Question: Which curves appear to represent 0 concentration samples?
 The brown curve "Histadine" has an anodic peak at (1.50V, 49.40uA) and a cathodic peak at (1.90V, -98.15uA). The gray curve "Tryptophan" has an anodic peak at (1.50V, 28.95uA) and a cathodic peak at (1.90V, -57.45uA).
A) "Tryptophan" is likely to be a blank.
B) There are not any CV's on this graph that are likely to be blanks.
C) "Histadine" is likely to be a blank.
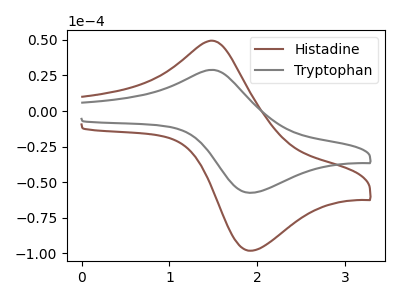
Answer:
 <answer>B) There are not any CV's on this graph that are likely to be blanks.</answer>
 <eval>B</eval>